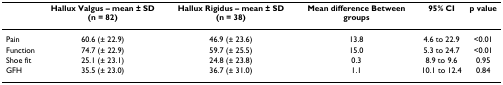
<table><thead><tr><td></td><td><b>Hallux Valgus – mean ± SD (n = 82)</b></td><td><b>Hallux Rigidus – mean ± SD (n = 38)</b></td><td><b>Mean difference Between groups</b></td><td><b>95% CI</b></td><td><b>p value</b></td></tr></thead><tbody><tr><td>Pain</td><td>60.6 (± 22.9)</td><td>46.9 (± 23.6)</td><td>13.8</td><td>4.6 to 22.9</td><td>&lt;0.01</td></tr><tr><td>Function</td><td>74.7 (± 22.9)</td><td>59.7 (± 25.5)</td><td>15.0</td><td>5.3 to 24.7</td><td>&lt;0.01</td></tr><tr><td>Shoe fit</td><td>25.1 (± 23.1)</td><td>24.8 (± 23.8)</td><td>0.3</td><td>8.9 to 9.6</td><td>0.95</td></tr><tr><td>GFH</td><td>35.5 (± 23.0)</td><td>36.7 (± 31.0)</td><td>1.1</td><td>10.1 to 12.4</td><td>0.84</td></tr></tbody></table>